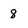
Character: 8